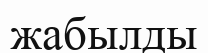
жабылды